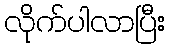
လိုက်ပါလာပြီး